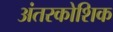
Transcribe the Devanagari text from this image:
अंतरकोशिक